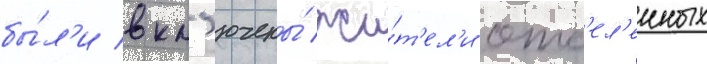
бы́л'и вкл'ючены́ жи́т'ел'и отс'ел'енных